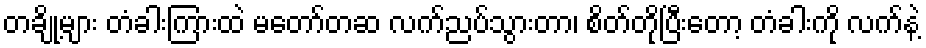
တချို့များ တံခါးကြားထဲ မတော်တဆ လက်ညပ်သွားတာ၊ စိတ်တိုပြီးတော့ တံခါးကို လက်နဲ့